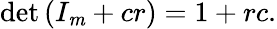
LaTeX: \operatorname*{det}\left(I_{\mathit{m}}+cr\right)=1+rc.